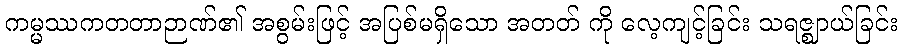
ကမ္မဿကတတာဉာဏ်၏ အစွမ်းဖြင့် အပြစ်မရှိသော အတတ် ကို လေ့ကျင့်ခြင်း သရဇ္ဈာယ်ခြင်း